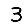
Digit: 3